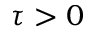
\tau > 0